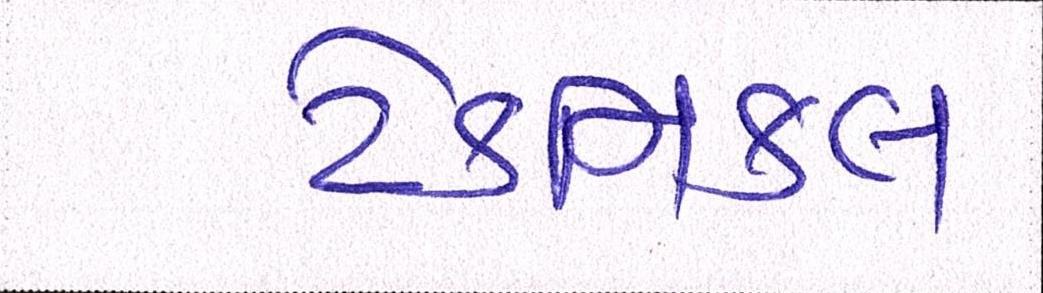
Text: ટેકનિકલ